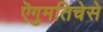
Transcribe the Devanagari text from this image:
ऎगुमतिचेसे